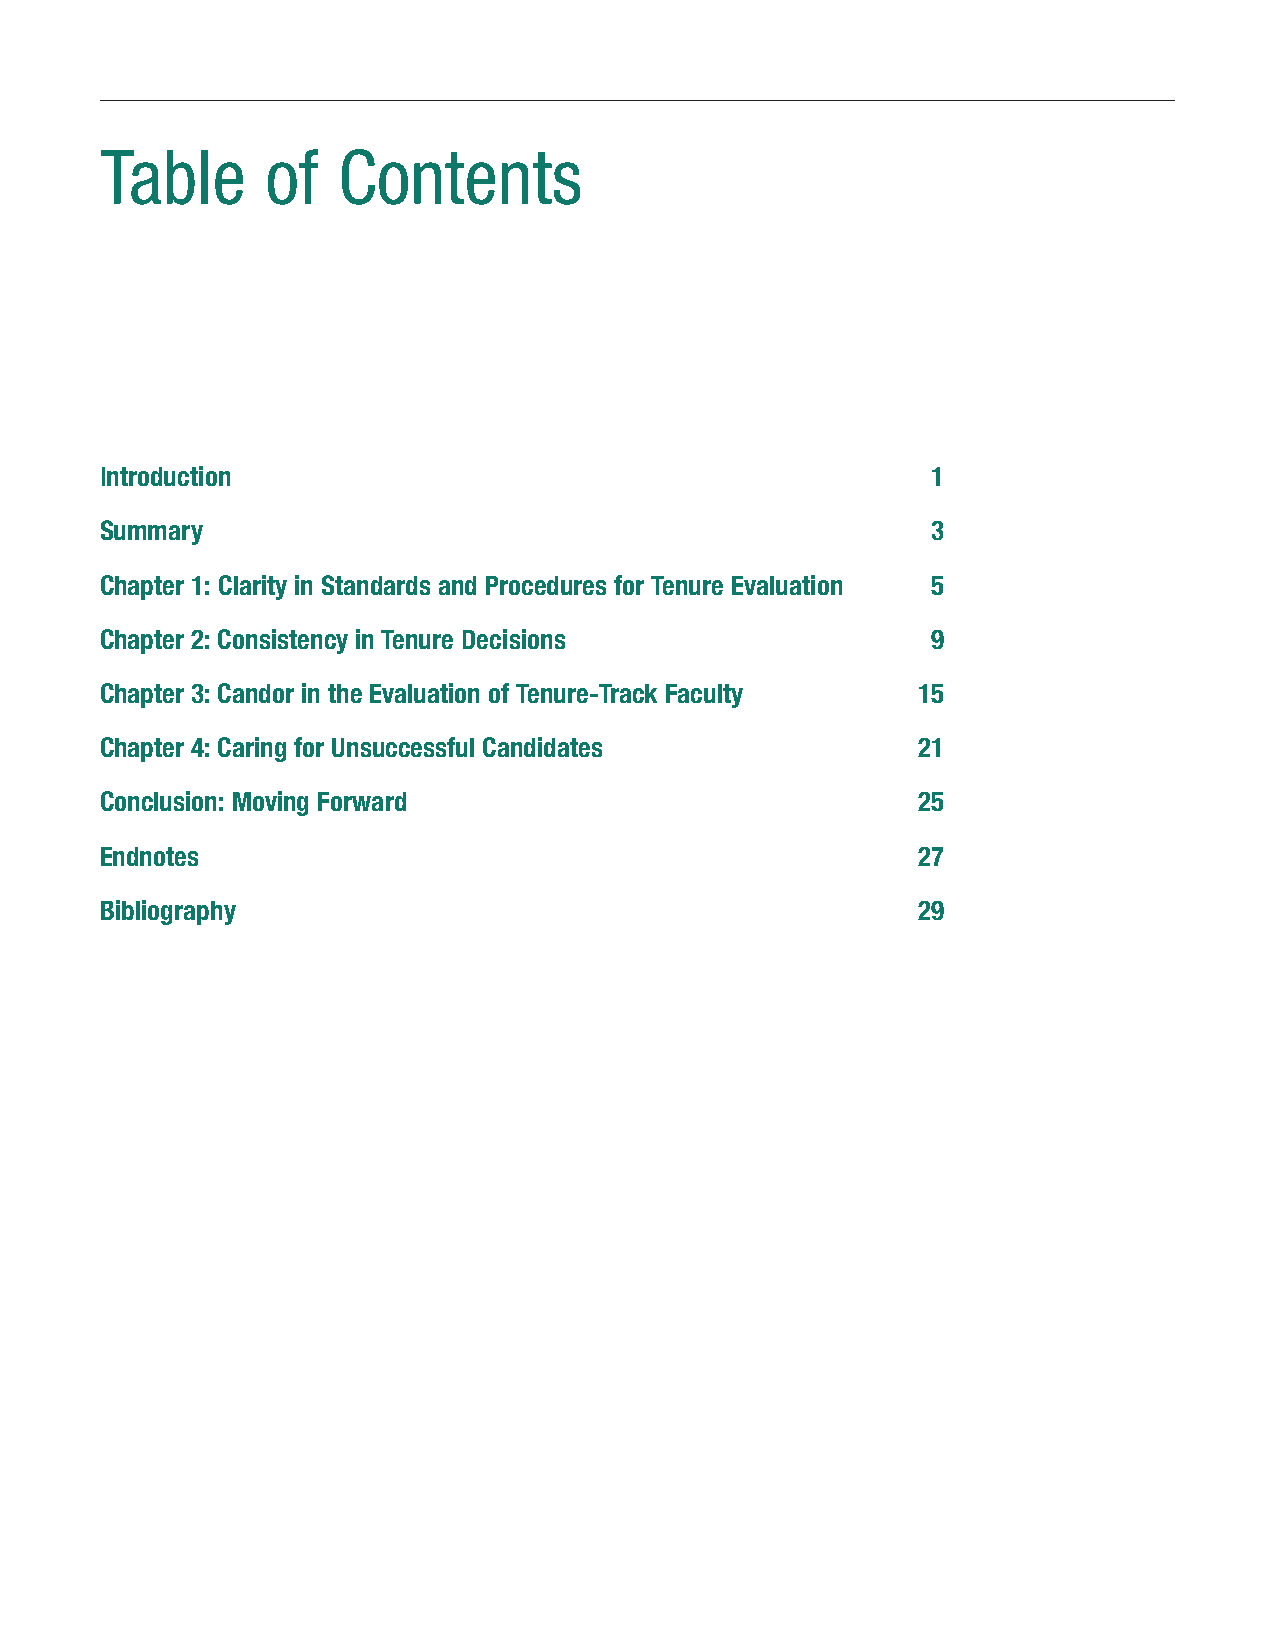
Table      of  Contents
 Introduction                                           1
 Summary                                                3
 Chapter 1: Clarity in Standards and Procedures for Tenure Evaluation 5
 Chapter 2: Consistency in Tenure Decisions             9
 Chapter 3: Candor in the Evaluation of Tenure-Track Faculty 15
 Chapter 4: Caring for Unsuccessful Candidates         21
 Conclusion: Moving Forward                            25
 Endnotes                                              27
 Bibliography                                          29